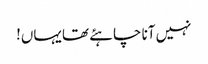
نہیں آنا چاہئے تھا یہاں!